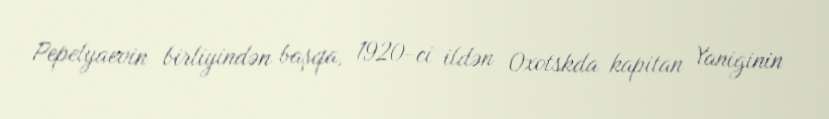
Pepelyaevin birliyindən başqa, 1920-ci ildən Oxotskda kapitan Yaniginin